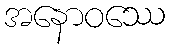
အနောဝဿေ